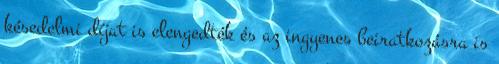
késedelmi díjat is elengedték és az ingyenes beiratkozásra is